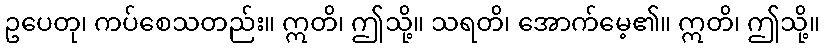
ဥပေတု၊ ကပ်စေသတည်း။ ဣတိ၊ ဤသို့။ သရတိ၊ အောက်မေ့၏။ ဣတိ၊ ဤသို့။